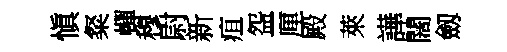
愼粲蟬穆尉新疽盌厘殿萊譁闊劔